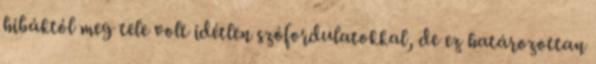
hibáktól meg tele volt idétlen szófordulatokkal, de ez határozottan